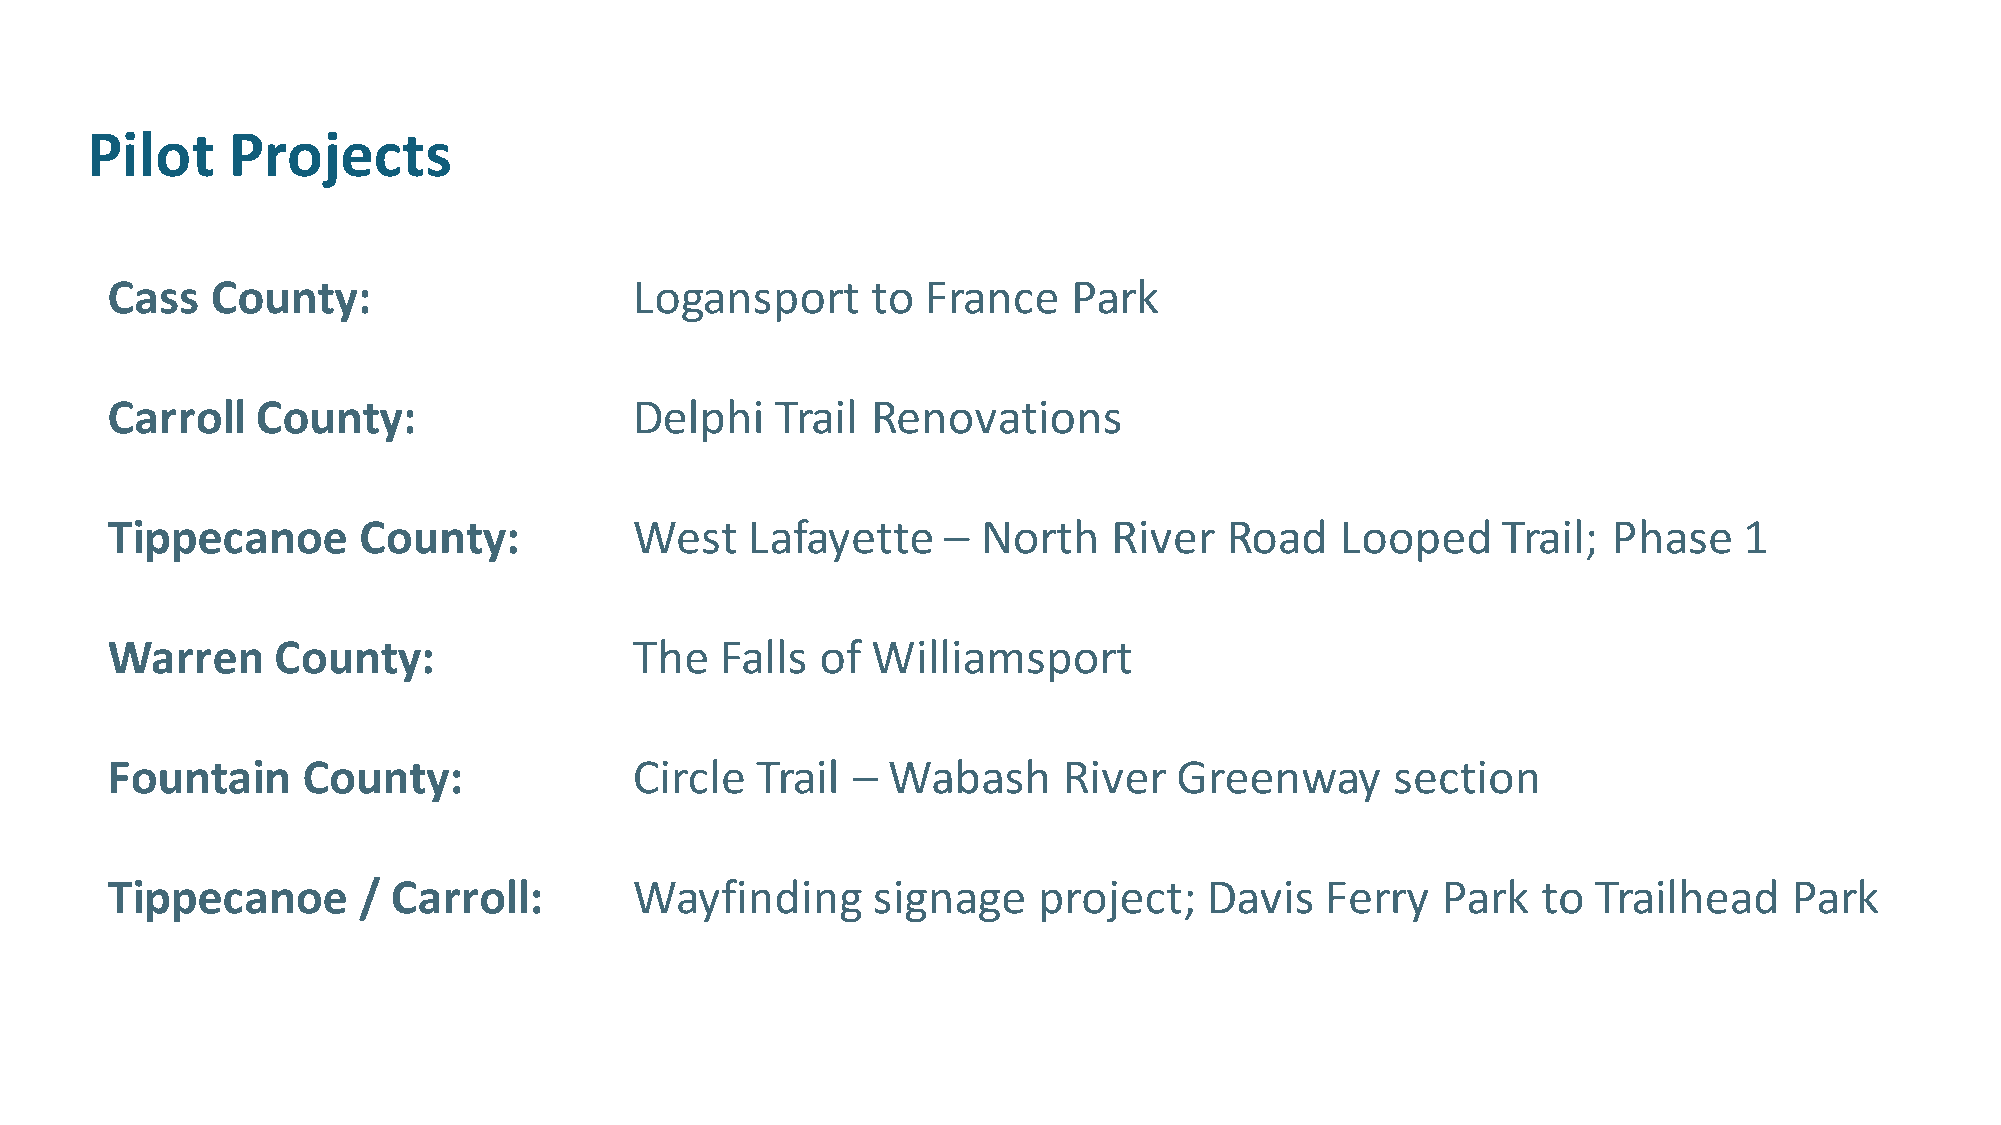
Pilot    Projects
 Cass   County:                     Logansport      to France    Park
 Carroll   County:                  Delphi   Trail  Renovations
 Tippecanoe       County:           West   Lafayette     – North    River  Road    Looped    Trail;  Phase   1
 Warren     County:                 The   Falls of  Williamsport
 Fountain     County:               Circle  Trail –  Wabash     River   Greenway      section
 Tippecanoe       / Carroll:        Wayfinding      signage    project;   Davis   Ferry  Park   to  Trailhead    Park